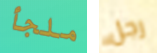
ملجأ رجل